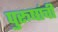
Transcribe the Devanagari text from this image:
पुरूषांची